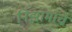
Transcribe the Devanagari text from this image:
निझामाचे